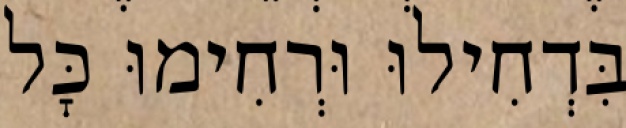
בִּדְחִילוּ וּרְחִימוּ כׇּל